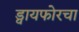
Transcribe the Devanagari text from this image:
ड्वायफोरचा